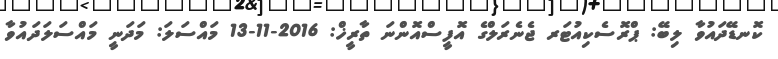
ކޮނޑޭދައުވާ ލިބޭ: ޕްރޮސެކިއުޓަރ ޖެނެރަލްގެ އޮފީސްއޮންނަ ތާރީޚް: 2016-11-13 މައްސަލަ: މަދަނީ މައްސަލަދައުވާ